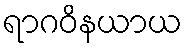
ရာဂဝိနယာယ